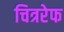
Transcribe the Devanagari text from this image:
चित्ररेफ